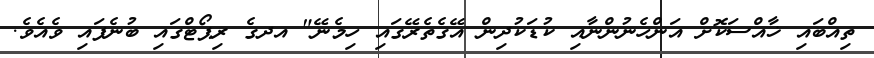
ތިއްބައި ޚާއްސަކޮށް އަންހެނުންނާއި ކުޑަކުދިން އޭގެތެރޭގައި ހިމެނޭ" އދގެ ރިޕޯޓްގައި ބުނެފައި ވެއެވެ.